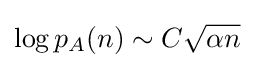
\log p_{A}(n)\sim C{\sqrt {\alpha n}}